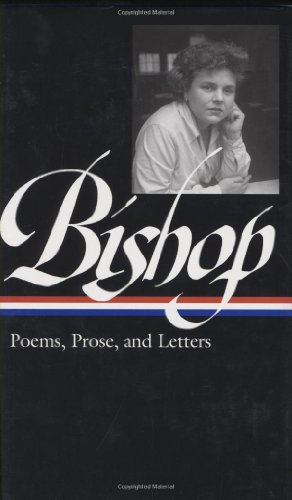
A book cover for Elizabeth Bishop: Poems, Prose and Letters (Library of America); Elizabeth Bishop; Literature & Fiction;